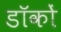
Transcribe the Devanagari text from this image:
डॉकों